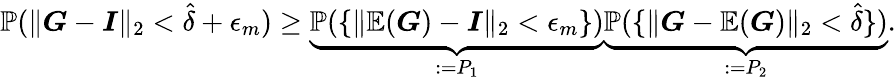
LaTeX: \mathbb{P}(\| \boldsymbol{G}-\boldsymbol{I}\| _{2}<\hat{\delta}+\epsilon_{m})\ge\underbrace{\mathbb{P}(\{ \| \mathbb{E}(\boldsymbol{G})-\boldsymbol{I}\| _{2}<\epsilon_{m}\} )}_{:=P_{1}}\underbrace{\mathbb{P}(\{ \| \boldsymbol{G}-\mathbb{E}(\boldsymbol{G})\| _{2}<\hat{\delta}\} )}_{:=P_{2}}.